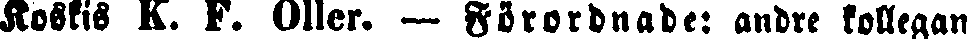
Koskis K. F. Oller — Förordnade: andre kollegan